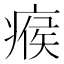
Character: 瘊